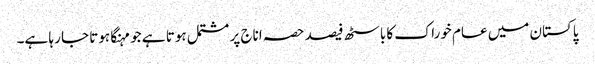
پاکستان میں عام خوراک کا باسٹھ فیصد حصہ اناج پر مشتمل ہوتا ہے جو مہنگا ہوتا جا رہا ہے۔